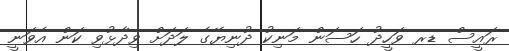
ރައީސް ޑރ ވަހީދު ހަސަން މަނިކު ދުނިޔޭގެ ލަދަށް ވިދާޅުވި ކަން އެވަނީ